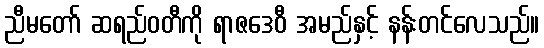
ညီမတော် ဆရည်ဝတီကို ရာဇဒေဝီ အမည်နှင့် နန်းတင်လေသည်။